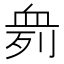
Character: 𰳨